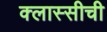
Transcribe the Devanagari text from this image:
क्लास्सीची